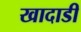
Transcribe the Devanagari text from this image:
खादाडी